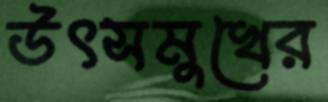
উৎসমুখের